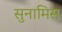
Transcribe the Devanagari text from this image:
सुनामिस